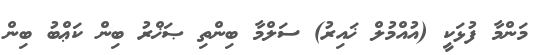
މަންމާ ފުޅަކީ (އުއްމުލް ޚައިރު) ސަލްމާ ބިންތި ޞަޚްރު ބިން ކަޢްބު ބިން